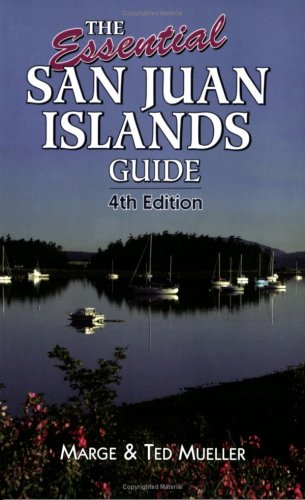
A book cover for The Essential San Juan Islands Guide; Marge Mueller; Travel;